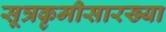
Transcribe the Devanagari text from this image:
सूत्रकृमीसारख्या